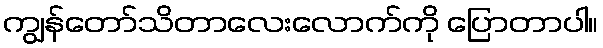
ကျွန်တော်သိတာလေးလောက်ကို ပြောတာပါ။